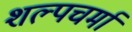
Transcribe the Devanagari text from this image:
शल्पचर्मा